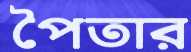
পৈতার